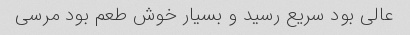
عالی بود سریع رسید و بسیار خوش طعم بود مرسی